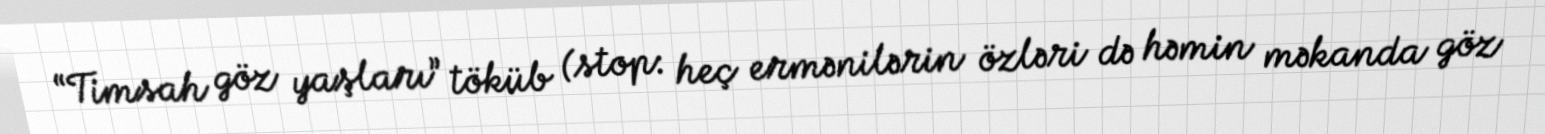
“Timsah göz yaşları” töküb (stop: heç ermənilərin özləri də həmin məkanda göz